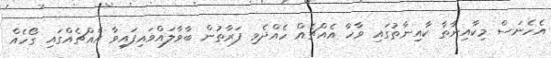
އެހެނަސް މިކާއިނާތާ ކާއިނާތުގައި ވާހާ އެއްޗެއް ހެއްދެވި ފަރާތުން ބާވާލައްވައިފައިވާ އެއްޗެއްގައި ގޯހެއް